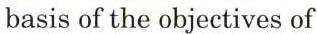
basis of the objectives of